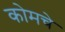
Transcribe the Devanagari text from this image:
कोमचे